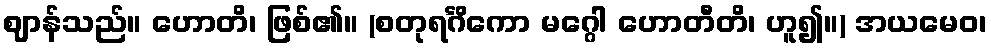
ဈာန်သည်။ ဟောတိ၊ ဖြစ်၏။ (စတုရင်္ဂိကော မဂ္ဂေါ ဟောတီတိ၊ ဟူ၍။) အယမေဝ၊